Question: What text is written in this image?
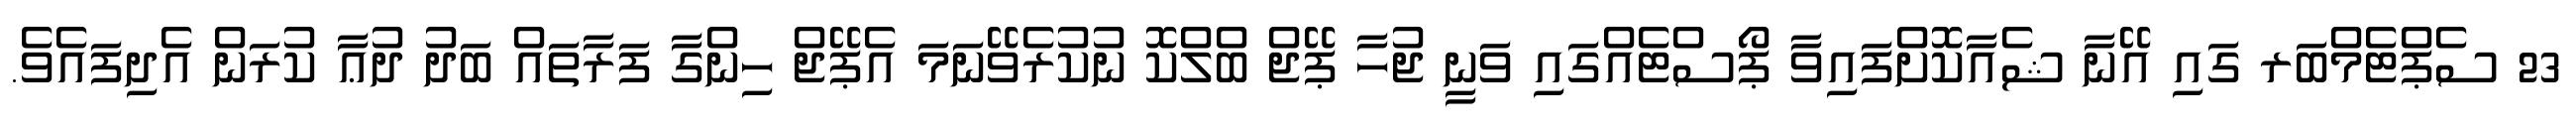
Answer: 23 ސެޕްޓެމްބަރ ގައި އޭނާ ޝެއާކޮށްފައިވާ ޕޯސްޓެއްގައި ވަނީ ޖުހާ ޕޭޖް ބްލްކޮ ނުކުރެވޭނަމަ އެޕޭޖް ހިންގާ ފަރާތައް ބަދު ދުޢާ ކުރަން އެދިފައެވެ.